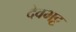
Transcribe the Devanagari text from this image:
देवभट्ट